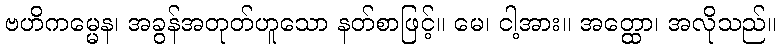
ဗဟိကမ္မေန၊ အခွန်အတုတ်ဟူသော နတ်စာဖြင့်။ မေ၊ ငါ့အား။ အတ္ထော၊ အလိုသည်။